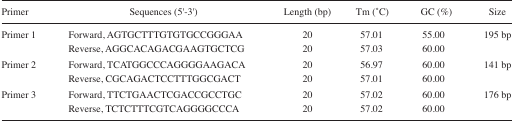
<table><thead><tr><td><b>Primer</b></td><td><b>Sequences (5′-3′)</b></td><td><b>Length (bp)</b></td><td><b>Tm (°C)</b></td><td><b>GC (%)</b></td><td><b>Size</b></td></tr></thead><tbody><tr><td>Primer 1</td><td>Forward, AGTGCTTTGTGTGCCGGGAA</td><td>20</td><td>57.01</td><td>55.00</td><td>195 bp</td></tr><tr><td></td><td>Reverse, AGGCACAGACGAAGTGCTCG</td><td>20</td><td>57.03</td><td>60.00</td><td></td></tr><tr><td>Primer 2</td><td>Forward, TCATGGCCCAGGGGAAGACA</td><td>20</td><td>56.97</td><td>60.00</td><td>141 bp</td></tr><tr><td></td><td>Reverse, CGCAGACTCCTTTGGCGACT</td><td>20</td><td>57.01</td><td>60.00</td><td></td></tr><tr><td>Primer 3</td><td>Forward, TTCTGAACTCGACCGCCTGC</td><td>20</td><td>57.02</td><td>60.00</td><td>176 bp</td></tr><tr><td></td><td>Reverse, TCTCTTTCGTCAGGGGCCCA</td><td>20</td><td>57.02</td><td>60.00</td><td></td></tr></tbody></table>